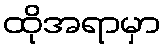
ထိုအရာမှာ